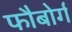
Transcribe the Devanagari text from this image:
फौबोर्ग